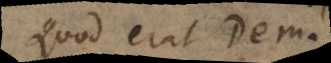
Quod erat dem.